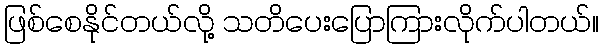
ဖြစ်စေနိုင်တယ်လို့ သတိပေးပြောကြားလိုက်ပါတယ်။